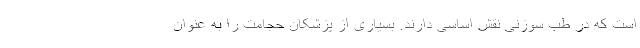
است که در طب سوزنی نقش اساسی دارند. بسیاری از پزشکان حجامت را به عنوان